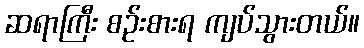
ဆရာကြီး စဉ်းစားရ ကျပ်သွားတယ်။